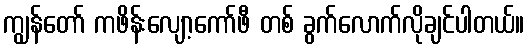
ကျွန်တော် ကဖိန်းလျော့ကော်ဖီ တစ် ခွက်လောက်လိုချင်ပါတယ်။